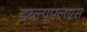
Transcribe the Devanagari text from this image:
डब्ल्यूएलएस